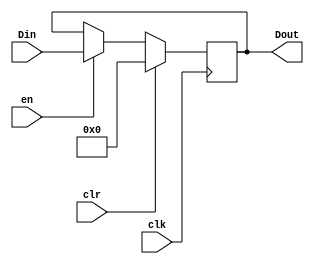
`timescale 1ns / 1ps
//////////////////////////////////////////////////////////////////////////////////
// Company: 
// Engineer: 
// 
// Design Name: 
// Module Name: reg32_pos
// Project Name: 
// Target Devices: 
// Tool Versions: 
// Description: 
// 
// Dependencies: 
// 
// Revision:
// Revision 0.01 - File Created
// Additional Comments:
// 
//////////////////////////////////////////////////////////////////////////////////


module reg_pos(clk,clr,en,Din,Dout);
    
    parameter WIDTH = 32;
    input clk,clr,en;
    input [WIDTH-1:0] Din;
    output reg [WIDTH-1:0] Dout;
    
    initial
    begin
        Dout <= 0;
    end
    
    always@(posedge clk) 
    begin 
        if (clr == 1) 
            Dout <= 0; 
        else if (en)
            Dout <= Din; 
    end  
endmodule